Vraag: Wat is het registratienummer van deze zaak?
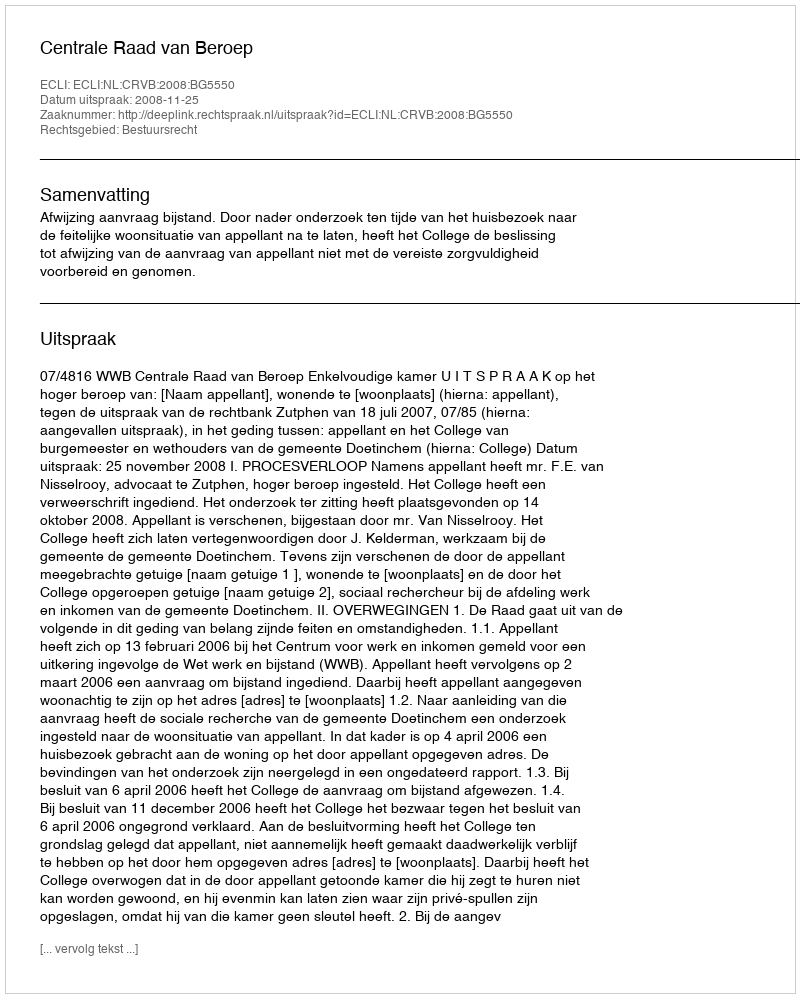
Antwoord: http://deeplink.rechtspraak.nl/uitspraak?id=ECLI:NL:CRVB:2008:BG5550